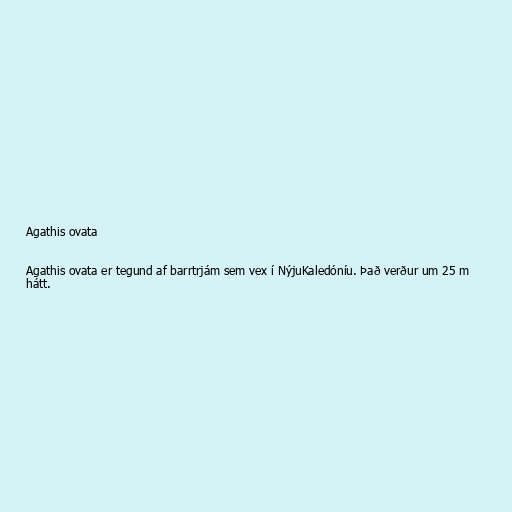
Agathis ovata

Agathis ovata er tegund af barrtrjám sem vex í NýjuKaledóníu. Það verður um 25 m
hátt.